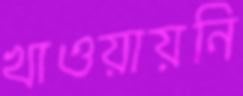
খাওয়ায়নি